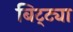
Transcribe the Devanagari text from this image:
बिट्ट्या